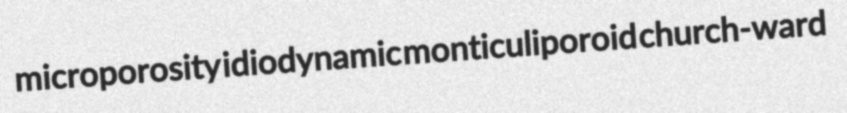
microporosity idiodynamic monticuliporoid church-ward